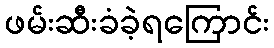
ဖမ်းဆီးခံခဲ့ရကြောင်း